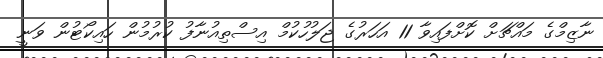
ނާޒިމްގެ މައްޗަށް ކޮށްފައިވާ 11 އަހަރުގެ ޖަލުހުކުމް އިސްތިއުނާފު ކުރުމުން ހައިކޯޓުން ވަނީ